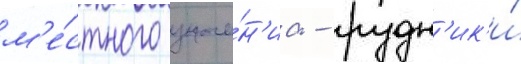
м'е́стного значе́н'иа - рудн'ик'и́